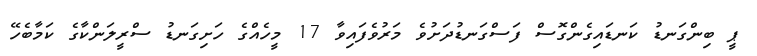
ޕީ ބިންގަނޑު ކަނޑައިގެންގޮސް ފަސްގަނޑުދަށުވެ މަރުވެފައިވާ 17 މީހެއްގެ ހަށިގަނޑު ސްރީލަންކާގެ ކަމާބެހޭ